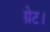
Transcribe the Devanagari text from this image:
ग्रेट।